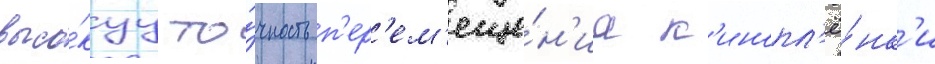
высо́куу то́чность п'ер'ем'еще́н'иа к'инопл'ё́нк'и